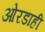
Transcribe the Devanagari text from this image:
ओरडाही